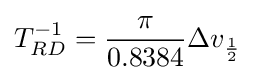
T_{RD}^{-1}={\frac {\pi }{0.8384}}\Delta v_{\frac {1}{2}}